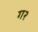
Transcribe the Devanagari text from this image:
ग२